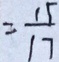
= \frac { 1 5 } { 1 7 }